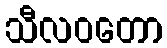
သီလဝတော